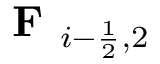
\textbf { F } _ { i - \frac { 1 } { 2 } , 2 }